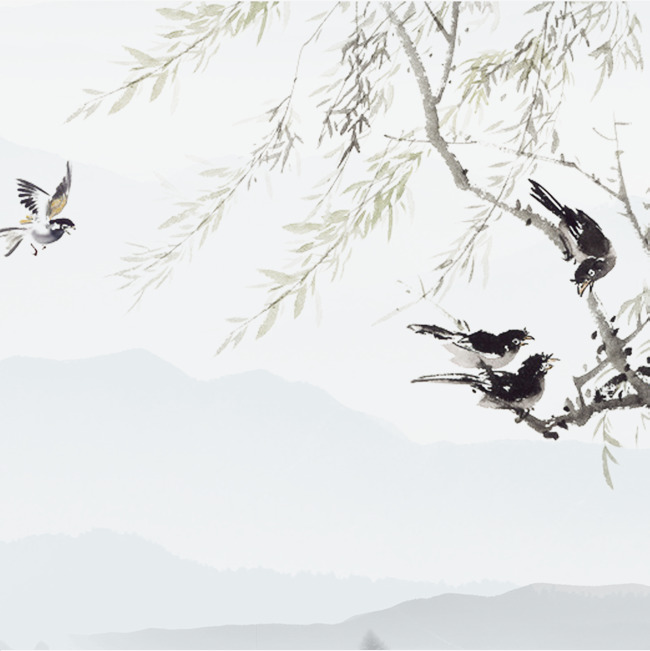
柳叶随歌皱，梨花与泪倾。